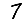
Digit: 7